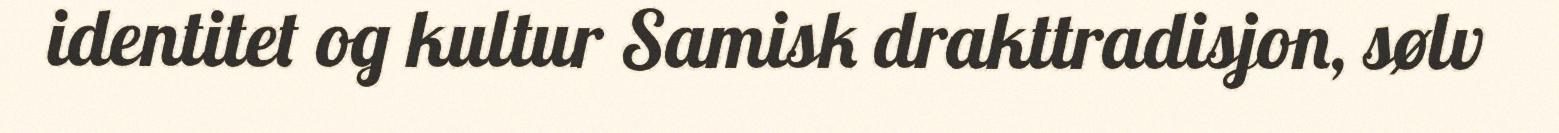
identitet og kultur Samisk drakttradisjon, sølv